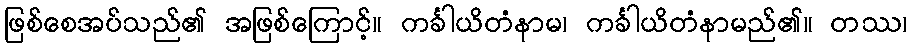
ဖြစ်စေအပ်သည်၏ အဖြစ်ကြောင့်။ ကင်္ခါယိတံနာမ၊ ကင်္ခါယိတံနာမည်၏။ တဿ၊